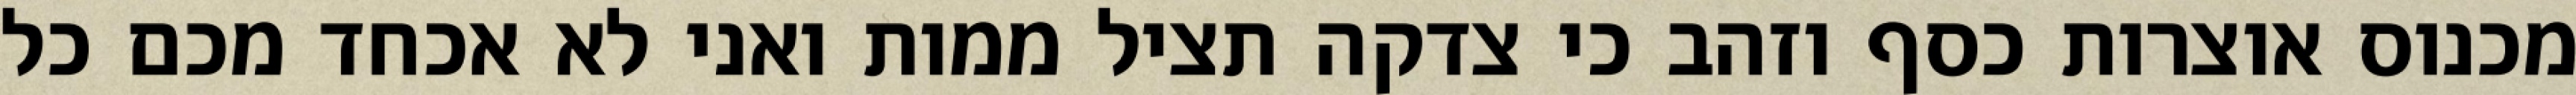
מכנוס אוצרות כסף וזהב כי צדקה תציל ממות ואני לא אכחד מכם כל